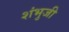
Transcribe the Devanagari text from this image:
शंभुजी